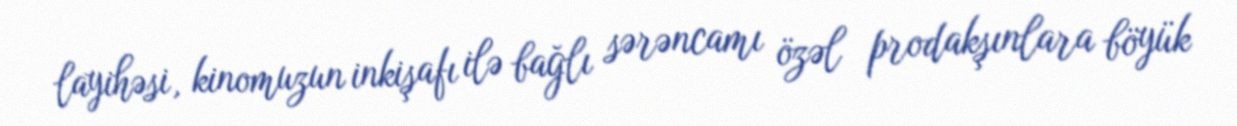
layihəsi, kinomuzun inkişafı ilə bağlı sərəncamı özəl prodakşınlara böyük